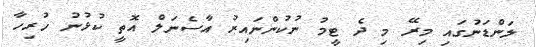
ލަންޑަނުގައި މިރޭ މި ދެ ޓީމު ނުކުންނައިރު އާސެނަލް އޮތީ ކުޅުނު ހުރިހާ